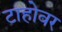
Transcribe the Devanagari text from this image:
टाहोवर